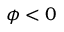
\phi < 0